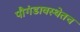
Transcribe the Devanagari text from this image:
पौगंडावस्थेतच